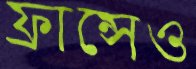
ফ্রান্সেও